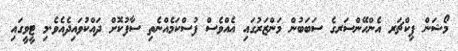
މޯޝަން ޕިކްޗަރ އެންހޭންސަރގެ ސަބަބުން މަންޒަރުގައި އެއްވެސް ފުސްކަމެއްނެތި ސާފުކޮށް ދައްކުވައިދެއެވެ.މި ޓީވީގައި